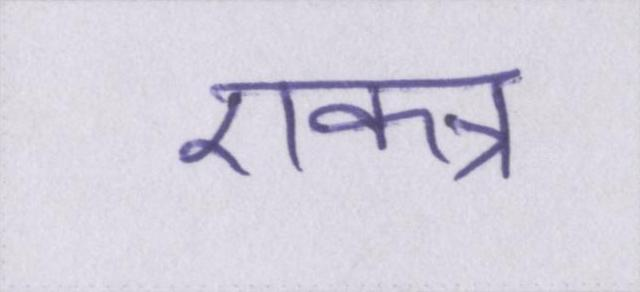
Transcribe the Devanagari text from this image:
एकत्र